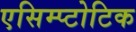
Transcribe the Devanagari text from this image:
एसिम्प्टोटिक